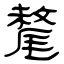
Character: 氂